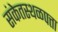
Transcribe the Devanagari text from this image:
संकेतस्थळपत्ता